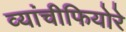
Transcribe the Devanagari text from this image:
व्यांचीफियोरे